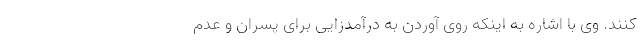
کنند. وی با اشاره به اینکه روی آوردن به درآمدزایی برای پسران و عدم